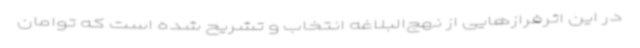
در این اثرفرازهایی از نهج‌البلاغه انتخاب و تشریح شده است که توامان